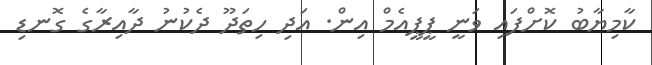
ކާމިޔާބު ކޮށްފައި ވަނީ ޕީޕީއެމް އިން. އަދި ހިތަދޫ ދެކުނު ދާއިރާގެ ގޮނޑި